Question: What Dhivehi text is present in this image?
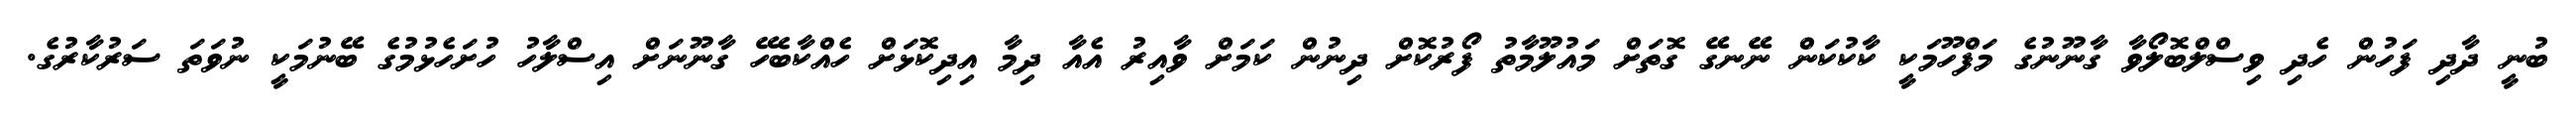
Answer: ބުނީ ދާދި ފަހުން ހެދި ވިސްލްބޮލޯވާ ގާނޫނުގެ މަފްހޫމަކީ ކާކުކަން ނޭނގޭ ގޮތަށް މައުލޫމާތު ފޯރުކޮށް ދިނުން ކަމަށް ވާއިރު އެއާ ދިމާ އިދިކޮޅަށް ހެއްކާބެހޭ ގާނޫނަށް އިސްލާހު ހުށަހެޅުމުގެ ބޭނުމަކީ ނުވަތަ ސަރުކާރުގެ.